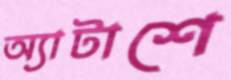
অ্যাটাশে